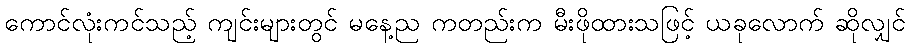
ကောင်လုံးကင်သည့် ကျင်းများတွင် မနေ့ည ကတည်းက မီးဖိုထားသဖြင့် ယခုလောက် ဆိုလျှင်